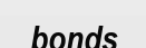
bonds